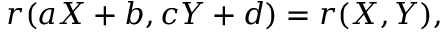
r ( a X + b , c Y + d ) = r ( X , Y ) ,